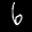
Label: 6